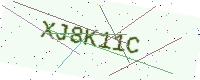
Text: XJ8K11C